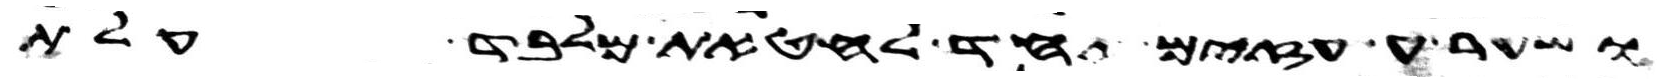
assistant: ושעיר עזים אחד לחטאת מלבד עלת